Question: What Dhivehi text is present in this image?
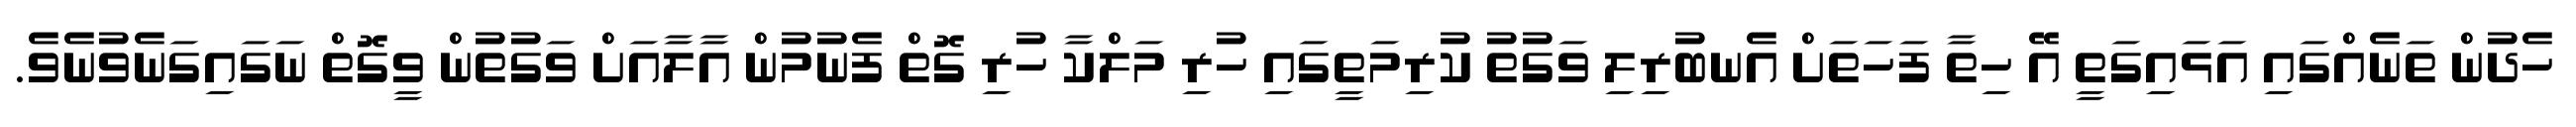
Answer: ހެދުން ތަނެއްގައި އަޅައިގަތީ އޭ ހިތާ ފަހަތަށް އެނބުރިލި ވަގުތު ކުރިމަތީގައި ހުރި މަލްކާ ހުރި ގޮތް ފެނުމުން އާލާއަށް ވަގުތުން ވީގޮތް ނަގައިގަނެވުނެވެ.